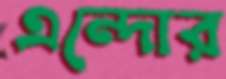
এন্দোর